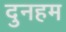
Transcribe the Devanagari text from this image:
दुनहम